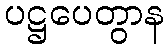
ပဋ္ဌပေတွာန